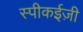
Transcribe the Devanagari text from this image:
स्पीकईज़ी